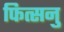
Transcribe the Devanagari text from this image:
फित्सनु